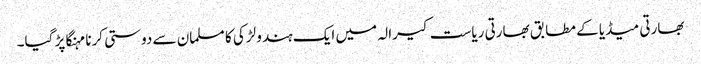
بھارتی میڈیا کے مطابق بھارتی ریاست کیرالہ میں ایک ہندو لڑکی کا مسلمان سے دوستی کرنا مہنگا پڑ گیا۔